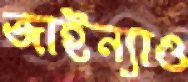
জাইন্যাও